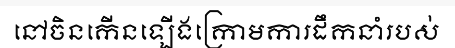
នៅចិនកើនឡើងក្រោមការដឹកនាំរបស់